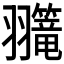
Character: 𫅲